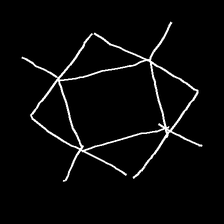
Glyph: light